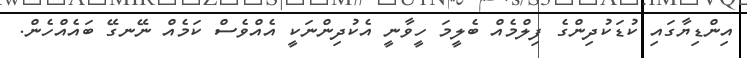
އިންޑިޔާގައި ކުޑަކުދިންގެ ފިލްމެއް ބެލީމަ ހީވާނީ އެކުދިންނަކީ އެއްވެސް ކަމެއް ނޭނގޭ ބައެއްހެން.